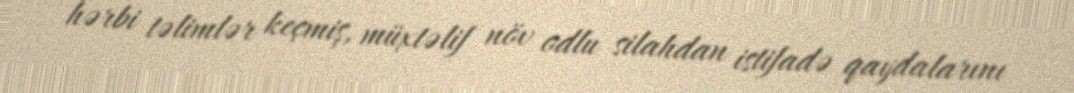
hərbi təlimlər keçmiş, müxtəlif növ odlu silahdan istifadə qaydalarını